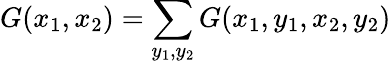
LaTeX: G(x_{1},x_{2})=\sum_{y_{1},y_{2}}G(x_{1},y_{1},x_{2},y_{2})